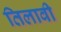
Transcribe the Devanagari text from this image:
तिलावी